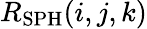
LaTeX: R_{\mathrm{SPH}}(i,j,k)